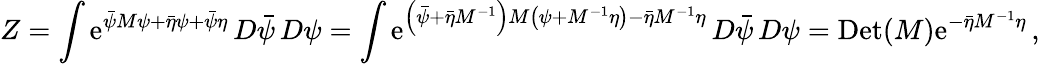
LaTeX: Z=\int\mathrm{e}^{{\bar{{\psi}}}M\psi+{\bar{{\eta}}}\psi+{\bar{{\psi}}}\eta}\, D{\bar{{\psi}}}\, D\psi=\int\mathrm{e}^{\left({\bar{{\psi}}}+{\bar{{\eta}}}M^{-1}\right)M\left(\psi+M^{-1}\eta\right)-{\bar{{\eta}}}M^{-1}\eta}\, D{\bar{{\psi}}}\, D\psi=\mathrm{{D\mathrm{e}t}}(M)\mathrm{e}^{-{\bar{{\eta}}}M^{-1}\eta}\, ,